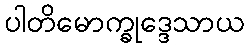
ပါတိမောက္ခုဒ္ဒေသာယ